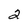
Character: 2